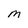
Character: M